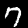
Digit: 7